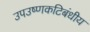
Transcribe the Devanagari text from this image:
उपउष्णकटिबंधीय